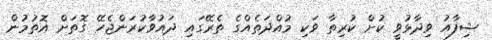
ޝިފާއު ވިދާޅުވީ ކުށް ކުރިތާ ވަކި މުއްދަތެއްގެ ތެރޭގައި ދައުވާކުރަންޖެހޭ ގޮތަށް އޮތުމުން